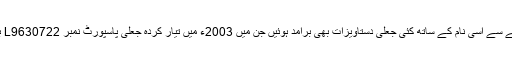
اس کے قبضے سے اسی نام کے ساتھ کئی جعلی دستاویزات بھی برآمد ہوئیں جن میں 2003ء میں تیار کردہ جعلی پاسپورٹ نمبر L9630722 بھی شامل تھا۔